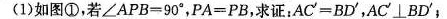
(1)如图①，若$$∠ A P B = 9 0 °$$，$$P A = P B$$，求证：$$A C ' = B D '$$，AC'\bot BD'；